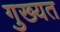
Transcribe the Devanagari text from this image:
गुख्यत